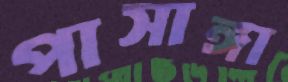
পাসাঙ্গা